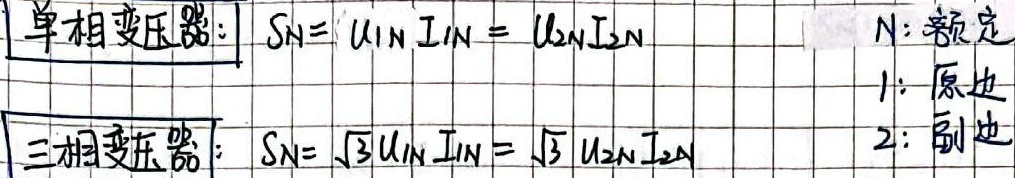
单相变压器：\(S_N = U_{1N}I_{1N} = U_{2N}I_{2N}\)
三相变压器：\(S_N = \sqrt{3}U_{1N}I_{1N} = \sqrt{3}U_{2N}I_{2N}\)

\(N\)：额定，\(1\)：原边，\(2\)：副边